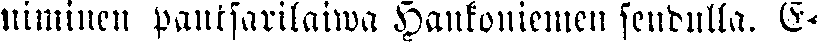
niminen pantsarilauva Hankoniemen seudulla. E-